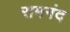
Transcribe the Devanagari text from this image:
रामनंद